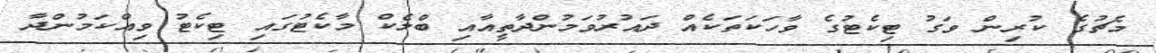
މެޗުގެ ކުރިން ވަގު ޓިކެޓުގެ ވާހަކަތަކެއް ދައުރުވަމުންދާތީއާއި ބްލެކް މާކެޓުގައި ޓިކެޓު ވިއްކަމުންދާ